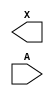
module sky130_fd_sc_hvl__lsbufhv2lv_simple (
    X,
    A
);

    output X;
    input  A;

    // Voltage supply signals
    supply1 VPWR ;
    supply0 VGND ;
    supply1 LVPWR;
    supply1 VPB  ;
    supply0 VNB  ;

endmodule